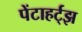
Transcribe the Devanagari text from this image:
पेंटाहर्ट्‌झ